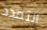
التمدد